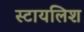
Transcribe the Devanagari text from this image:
स्टायलिश